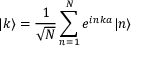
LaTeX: | k \rangle = { \frac { 1 } { \sqrt { N } } } \sum _ { n = 1 } ^ { N } e ^ { i n k a } | n \rangle